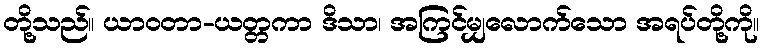
တို့သည်။ ယာဝတာ-ယတ္တကာ ဒိသာ၊ အကြင်မျှလောက်သော အရပ်တို့ကို။